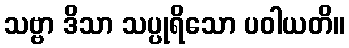
သဗ္ဗာ ဒိသာ သပ္ပုရိသော ပဝါယတိ။